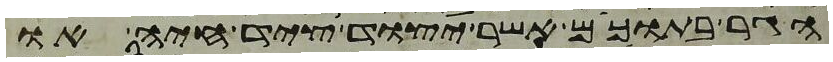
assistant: הגר בתוככם אשר יצוד ציד חיה או